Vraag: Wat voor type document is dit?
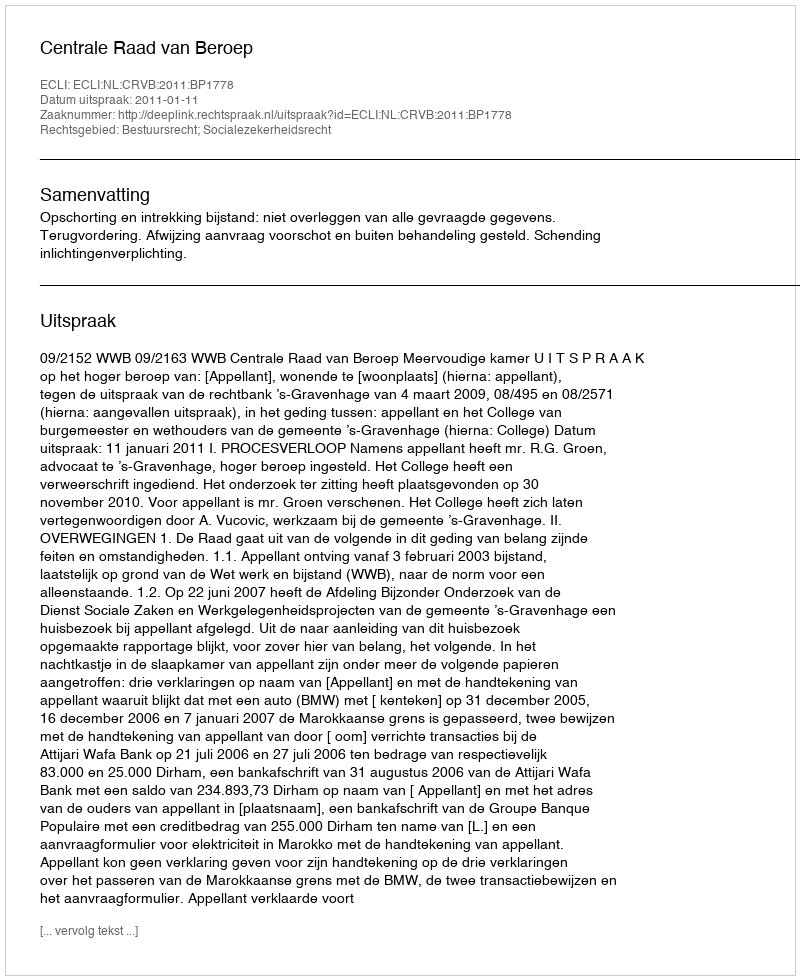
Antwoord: Uitspraak